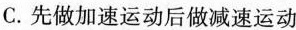
C.先做加速运动后做减速运动